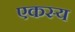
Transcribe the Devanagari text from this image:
एकस्य